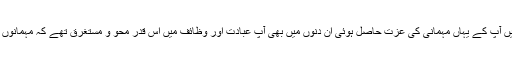
1877ء میں ہمیں ایک شب قادیان میں آپ کے یہاں مہمانی کی عزت حاصل ہوئی ان دنوں میں بھی آپ عبادت اور وظائف میں اس قدر محو و مستغرق تھے کہ مہمانوں سے بھی بہت کم گفتگو کرتے تھے۔